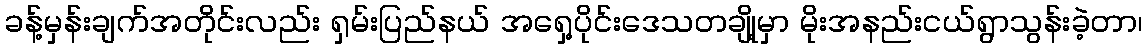
ခန့်မှန်းချက်အတိုင်းလည်း ရှမ်းပြည်နယ် အရှေ့ပိုင်းဒေသတချို့မှာ မိုးအနည်းငယ်ရွာသွန်းခဲ့တာ၊